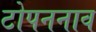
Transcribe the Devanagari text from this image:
टोपननाव